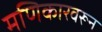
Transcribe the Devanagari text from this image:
मणिकारवरून